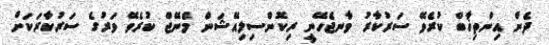
ދެން އިންތިޚާބް ކުރެވޭ ސަރުކާރު ވާނޖެހޭނީ ރިކޮންސިލިއޭޝަން މެނޭޖް ކުރެވޭ ވަރުގެ ސަރުކާރަކަށް